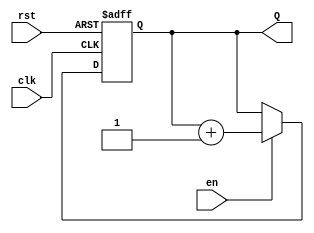
module binary_up_counter (
    input wire clk,       // Clock signal
    input wire rst,       // Active-high reset
    input wire en,        // Enable signal
    output reg [N-1:0] Q  // Count output
);
    parameter N = 4;      // Number of bits for the counter (Change as needed for different ranges)

    // Counter logic
    always @(posedge clk or posedge rst) begin
        if (rst) begin
            Q <= 0;       // Reset the counter to zero
        end else if (en) begin
            Q <= Q + 1;   // Increment the counter
        end
    end
endmodule